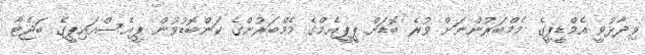
ވިދާޅުވީ އެމްޑީޕީގެ މެމްބަރުންނަށް ވުރެ ބޮޑަށް ޕީޕީއެމްގެ މެމްބަރުންގެ ކަންބޮޑުވުން ޕީއެސްއައިޕީގެ ބަޖެޓާ